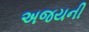
અજયની